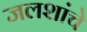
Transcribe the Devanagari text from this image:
जलशांचे